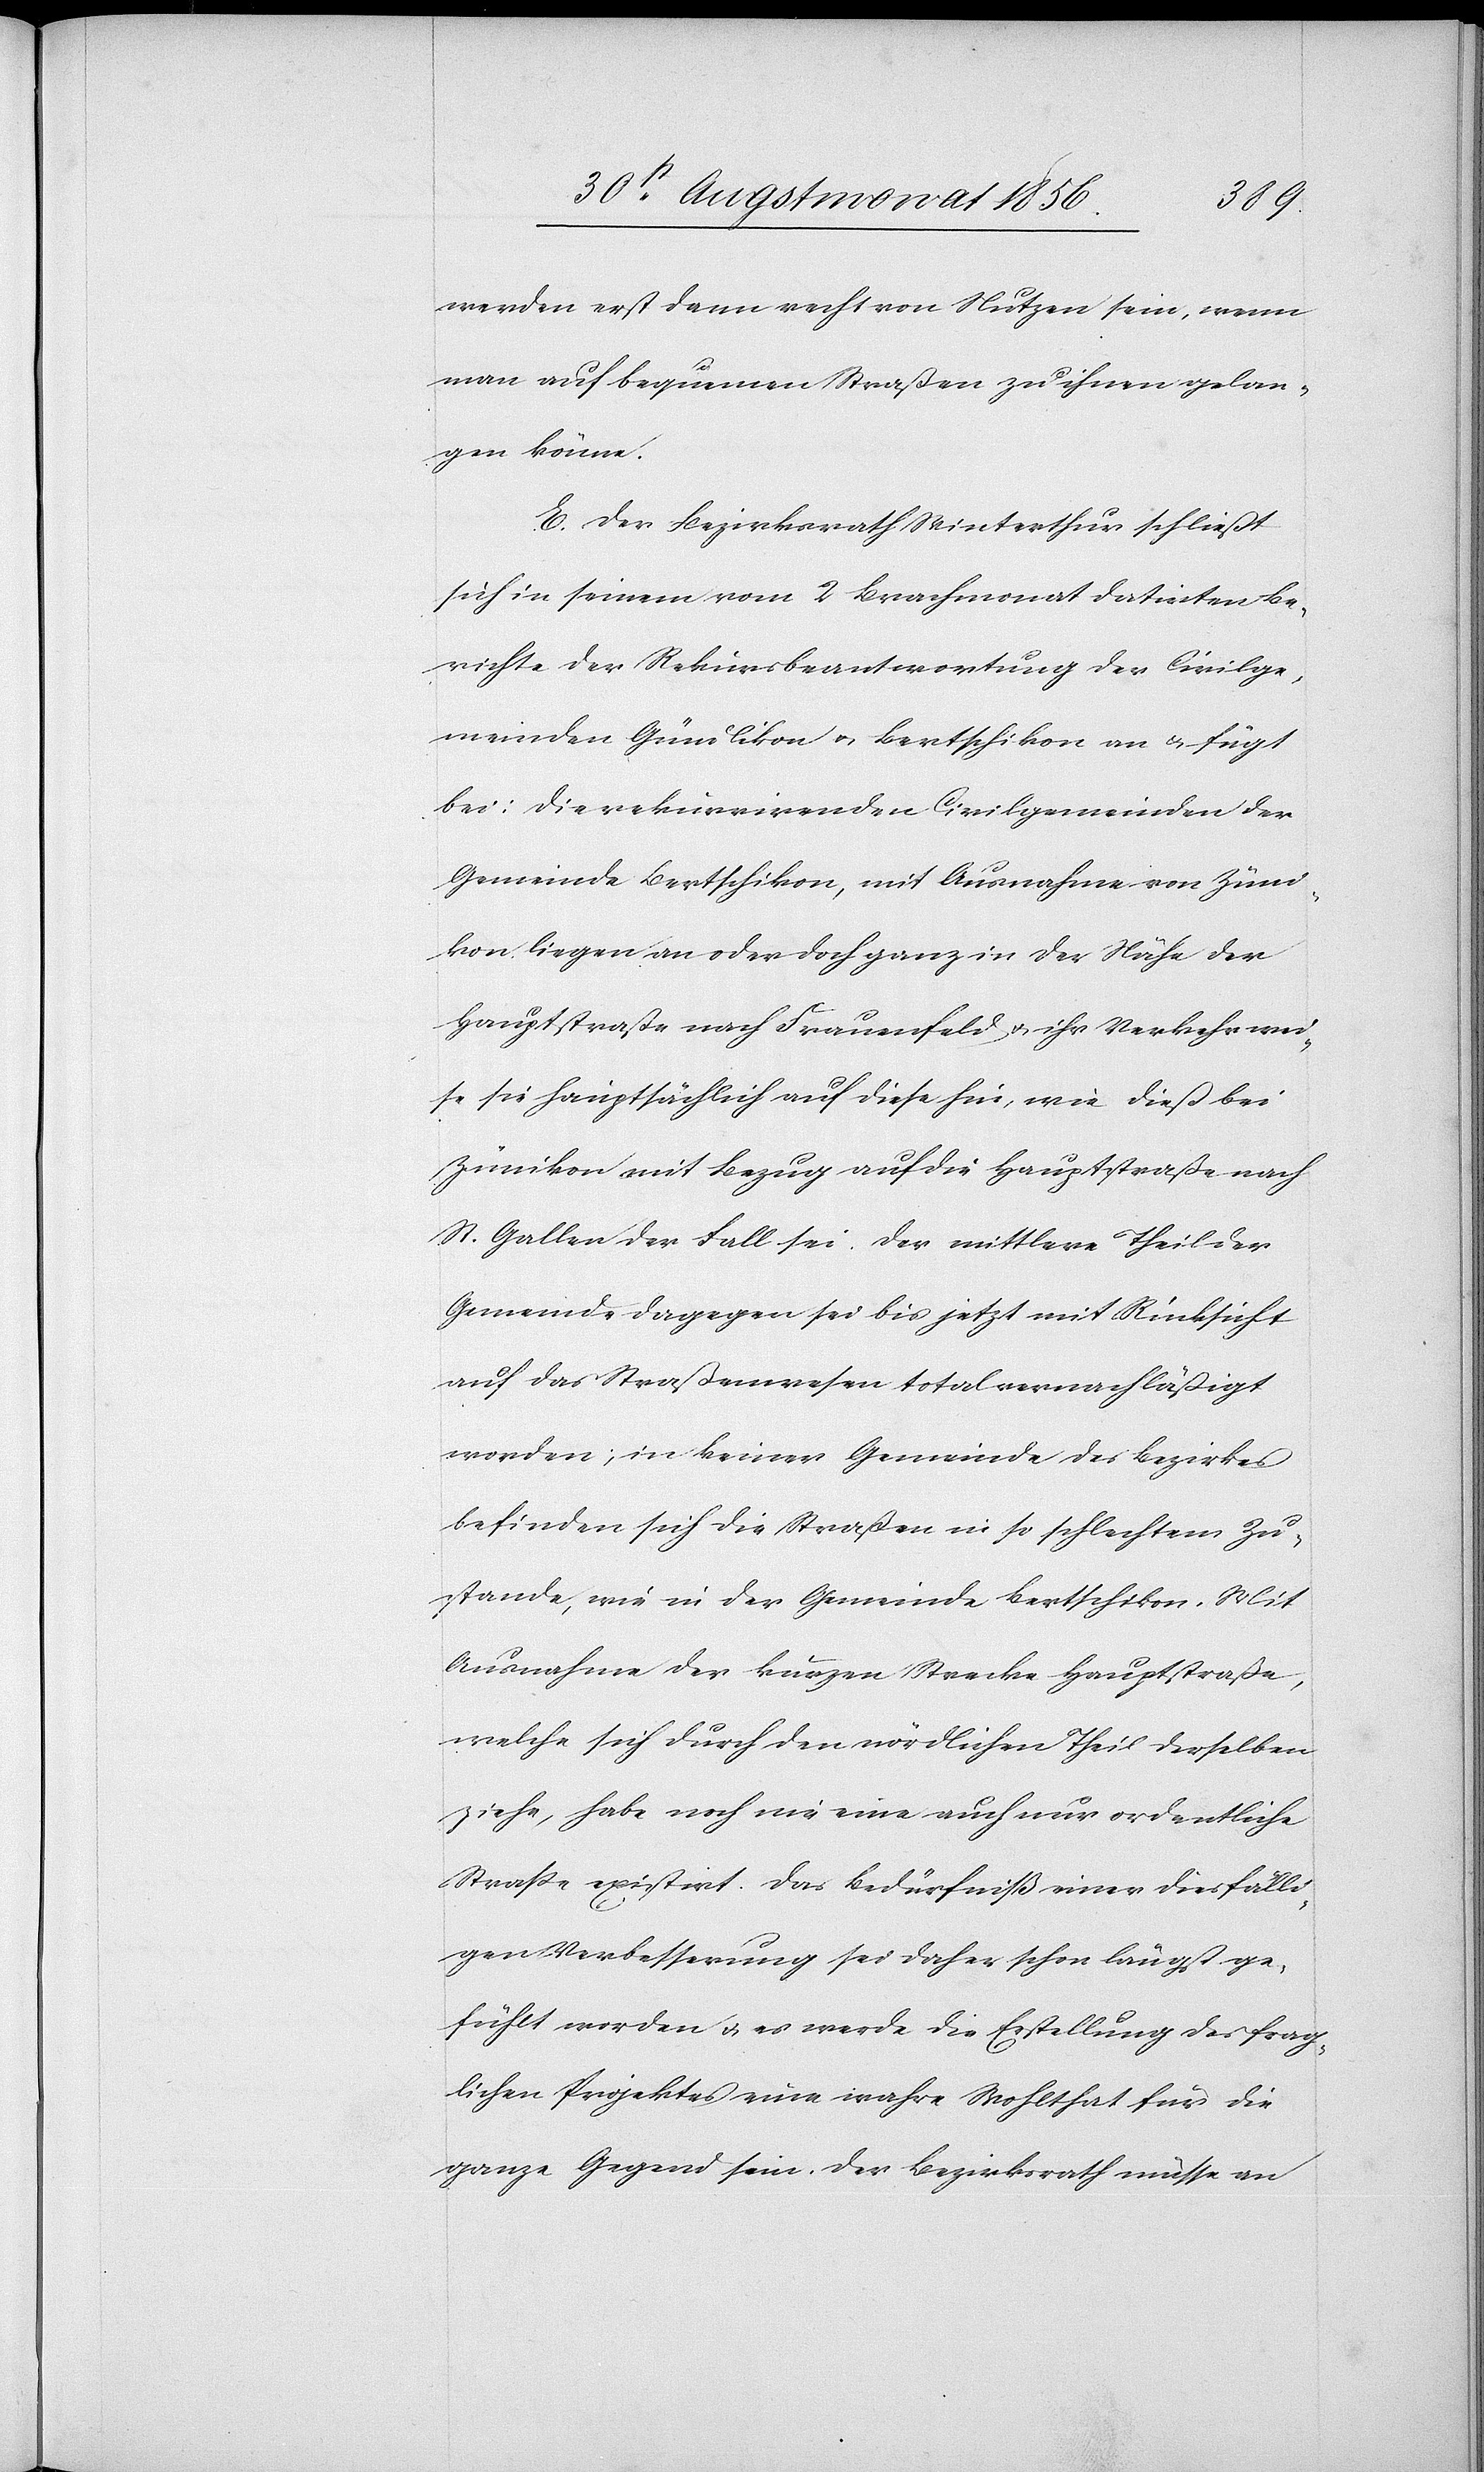
werden erst dann recht von Nutzen sein, wenn
man auf bequemen Straßen zu ihnen gelan¬
gen könne.
E. Der Bezirksrath Winterthur schließt
sich in seinem vom 2 Brachmonat datirten Be¬
richte der Rekursbeantwortung der Civilge¬
meinden Gündlikon u. Bertschikon an u. fügt
bei: Die rekurrirenden Civilgemeinden der
Gemeinde Bertschikon, mit Ausnahme von Züni¬
kon liegen an oder doch ganz in der Nähe der
Hauptstraße nach Frauenfeld u. ihr Verkehr wei¬
se sie hauptsächlich auf diese hin, wie dieß bei
Zünikon mit Bezug auf die Hauptstraße nach
St. Gallen der Fall sei. Der mittlere Theil der
Gemeinde dagegen sei bis jetzt mit Rücksicht
auf das Straßenwesen total vernachläßigt
worden; in keiner Gemeinde des Bezirkes
befinden sich die Straßen in so schlechtem Zu¬
stande, wie in der Gemeinde Bertschikon. Mit
Ausnahme der kurzen Strecke Hauptstraße,
welche sich durch den nördlichen Theil derselben
ziehe, habe noch nie eine auch nur ordentliche
Strasse existirt. Das Bedürfniß einer diesfälli¬
gen Verbesserung sei daher schon längst ge¬
fühlt worden u. es werde die Erstellung des frag¬
lichen Projektes eine wahre Wohlthat für die
ganze Gegend sein. Der Bezirksrath müsse an